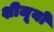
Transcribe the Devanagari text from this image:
शीजूयो